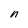
Character: n